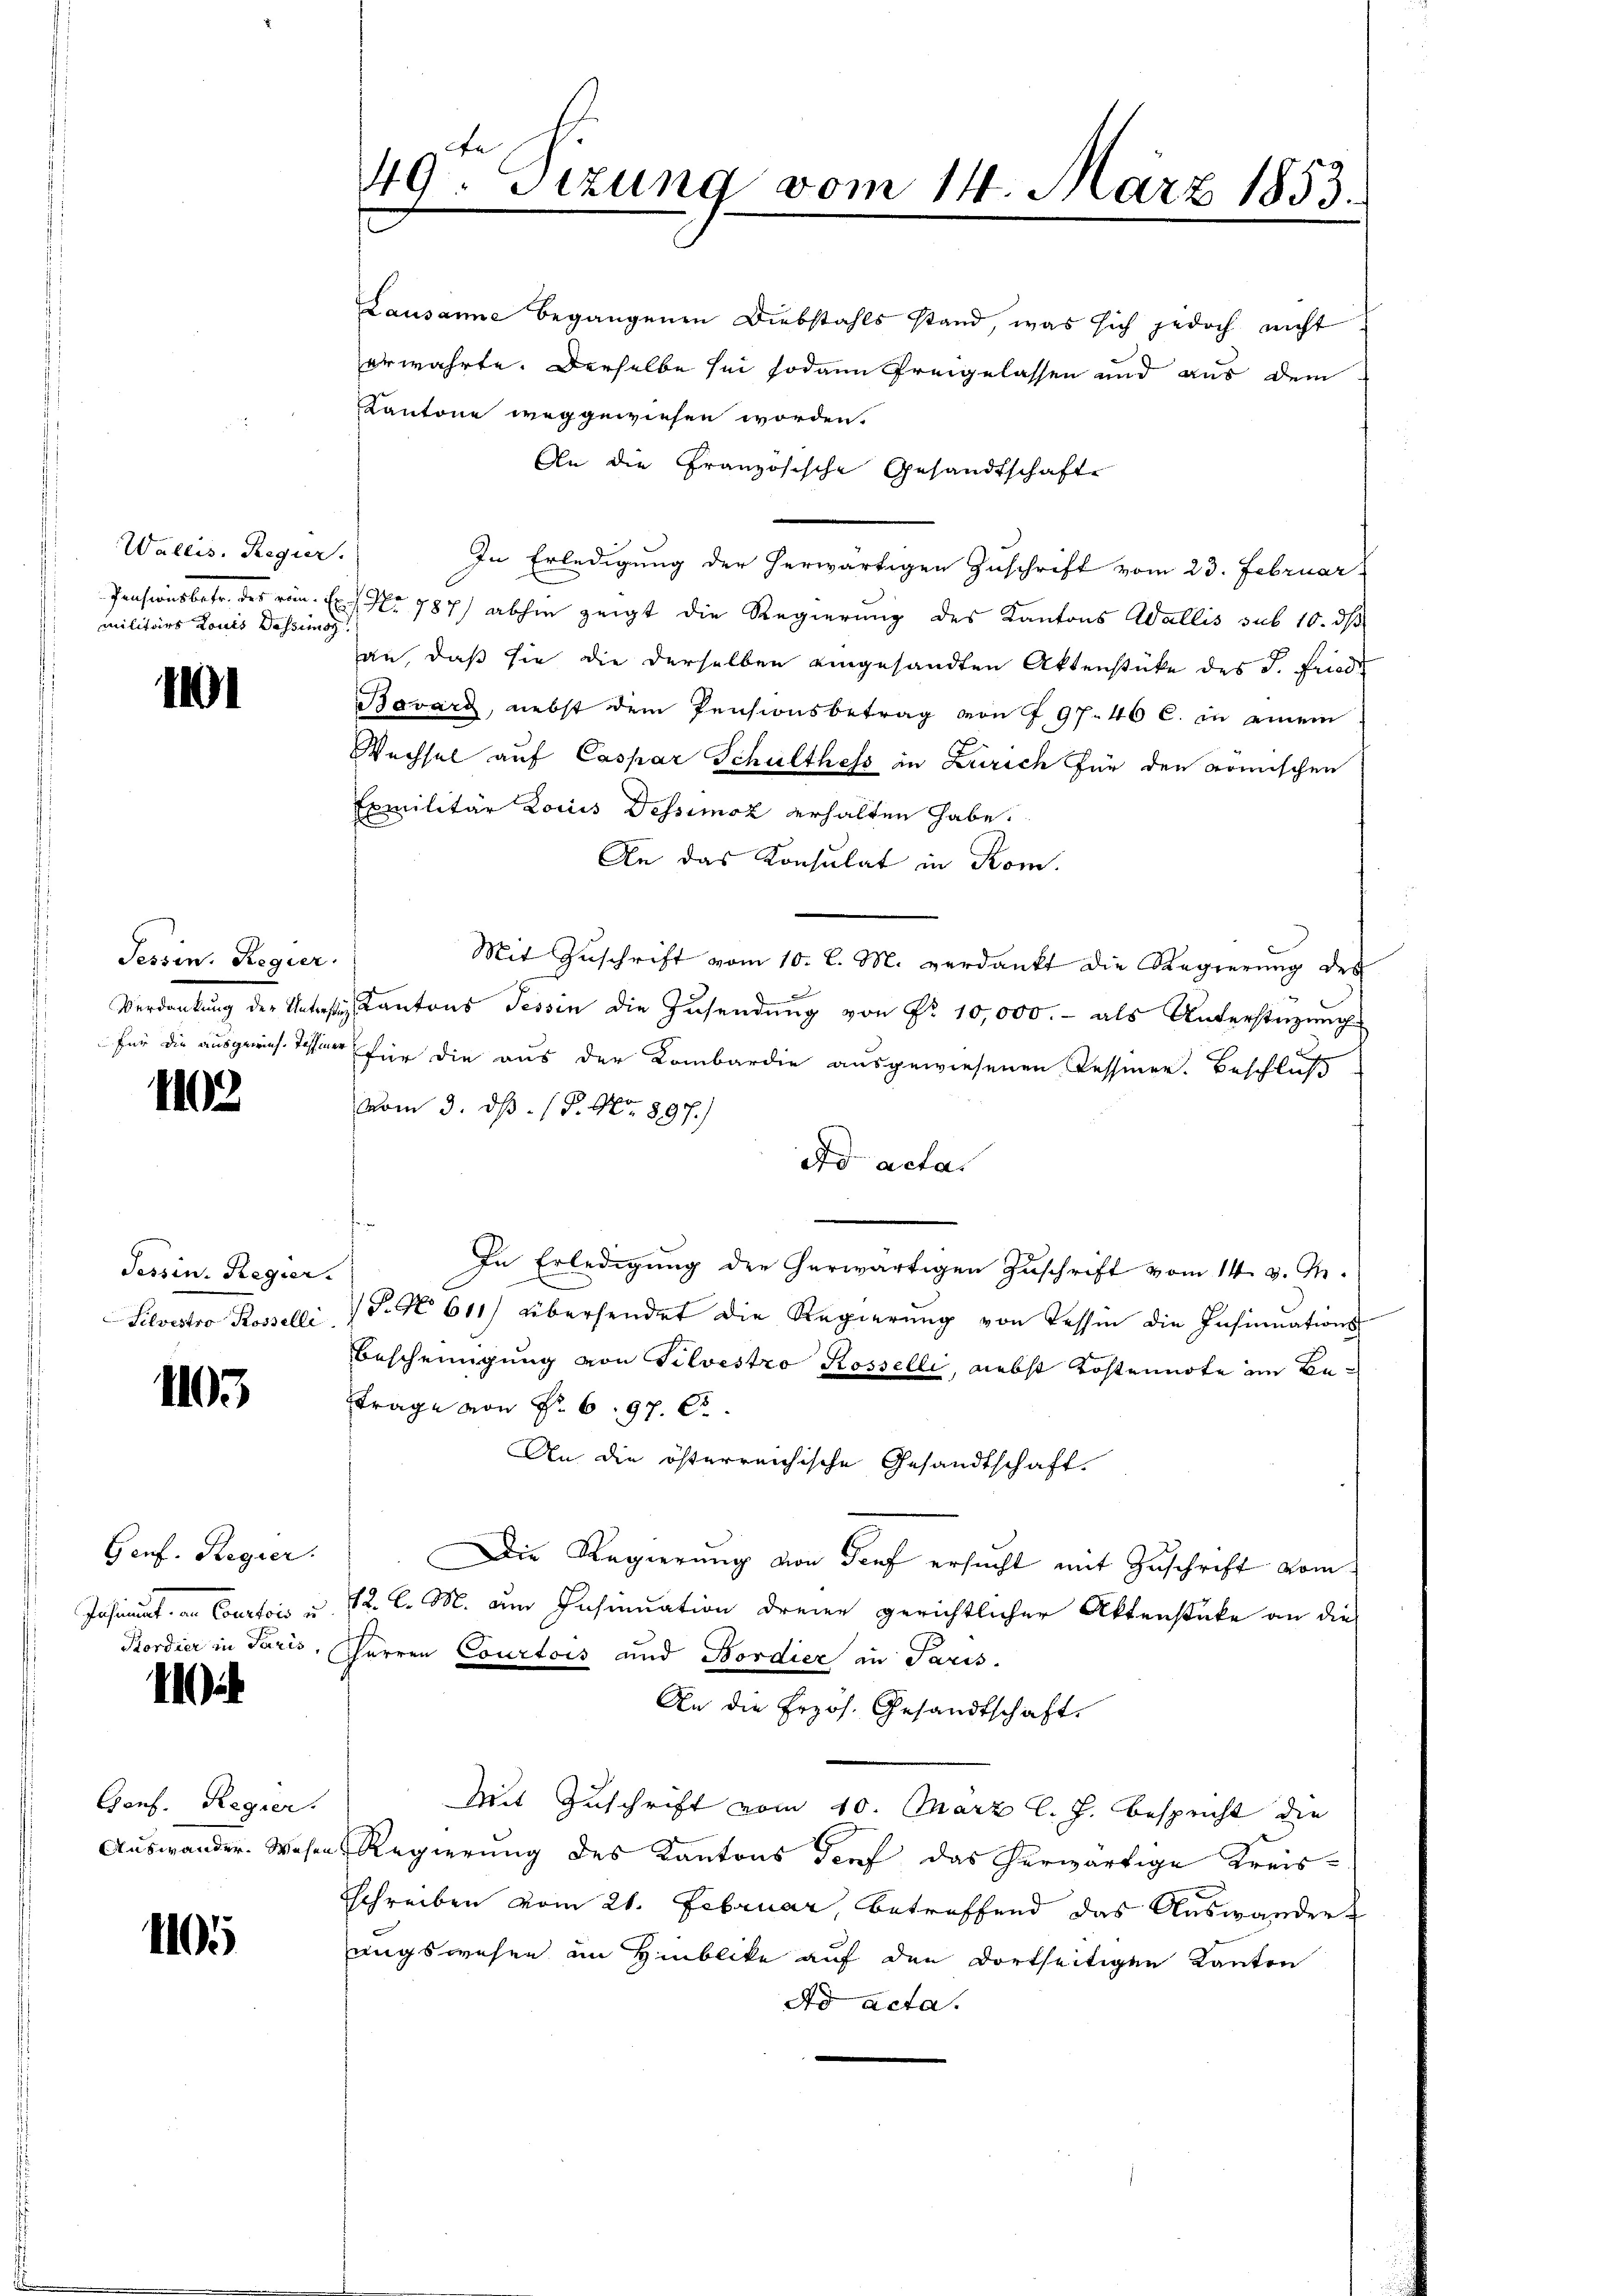
Wallis. Regier.
militärs Louis Tessimor

1401

Tessin. Regier
Vereitung der Recht

1102

Tessin. Regier
Silvestro Rosselli

1103

Genf. Regier
Jahant, in Courtois u.
Kordier in Paris,

1

Genf. Regier
Auswander. Wesen

1105

49. Sitzung vom 14. März 1853.

Lausanne begangenen Diebstahls stand, was sich jedoch nicht
erwährte. Derselbe sei sodann freigelassen und aus dem
Kantone weggewiesen worden.
An die Französische Gesandtschafte
In Erledigung der herwärtigen Zuschrift vom 23. Februar
Pensionsbetr. des vom Er / No 787/ abhin zeigt die Regierung des Kantons Wallis sub 10. ds
an, daß sie die derselben eingesandten Aktenstücke des P. Friede
Bavarz, nebst dem Pensionsbetrag von 797. 46 c. in einem
Wechsel auf Caspar Schulthess in Zürich für den römischen
Exmilitär Louis Dessimoz erhalten habe.
An das Konsulat in Kom
Mit Zuschrift vom 10. l. M. verdankt die Regierung des
 Kantons Tessin die Zusendung von Nr. 10,000.- als Unterstüzung
für die ausgerich Tessier für die aus der Kombardie ausgewiesenen Tessiner. Beschluß
vom 3. ds. 1. No 897.)
ad acta
n
In Erledigung der herwärtigen Zuschrift vom 14. v. M.
P.N 611) übersendet die Regierŭng von Tessin die Insinuations-
Bescheinigung von Silvestro Rosselli, nebst Kostennote im Betrage von Nr. 6. 97. C.
An die österreichische Gesandtschaft.
Die Regierung von Senf ersucht mit Zuschrift vom
12. l. M. am Insinuation dreien gerichtlicher Aktenstüke an die
Herren Courtois und Bordier in Paris.
An die Erzös. Gesandtschaft.
Mit Zuschrift vom 10. März l. J. bespricht die
Regierung des Kantons Torf das herwärtige Kreis¬
Eschreiben vom 21. Februar, betreffend das Auswander
angswesen in Hinblike auf den dortseitigen Kanton
Ad Acta.